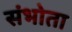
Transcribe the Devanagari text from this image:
संभोता